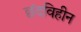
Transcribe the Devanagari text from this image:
छंदविहीन